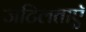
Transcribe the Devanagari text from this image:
जटिलताएॅ